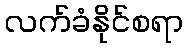
လက်ခံနိုင်စရာ